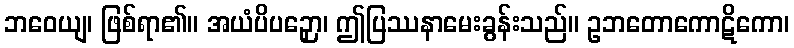
ဘဝေယျ၊ ဖြစ်ရာ၏။ အယံပိပဉှော၊ ဤပြဿနာမေးခွန်းသည်။ ဥဘတောကောဋိကော၊